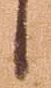
候